Vaccination in the Punjab 1867-1880 - 1867-1880
Year: 1867
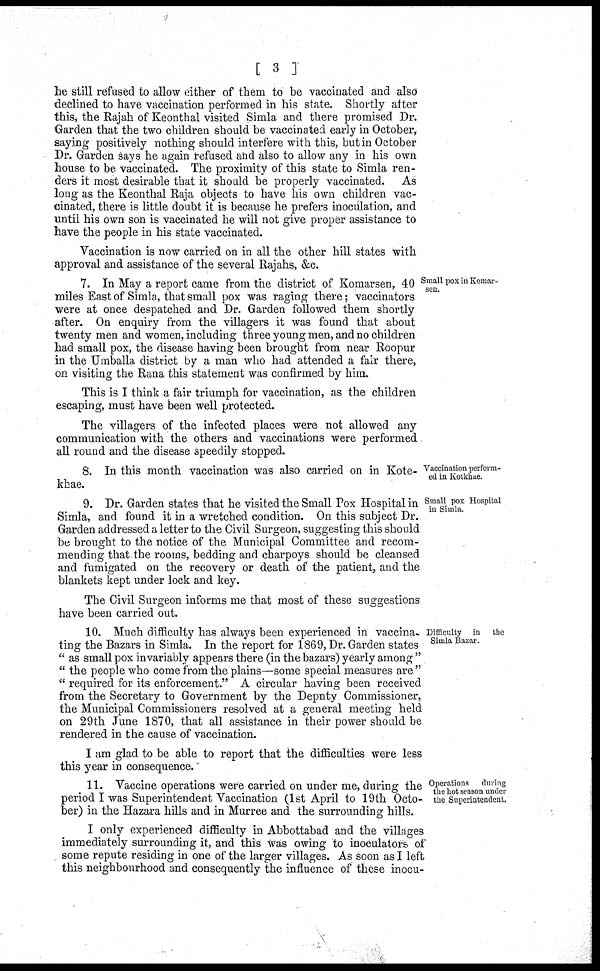
[ 3 ]
he still refused to allow either of them to be vaccinated and also
declined to have vaccination performed in his state. Shortly after
this, the Rajah of Keonthal visited Simla and there promised Dr.
Garden that the two children should be vaccinated early in October,
saying positively nothing should interfere with this, but in October
Dr. Garden says he again refused and also to allow any in his own
house to be vaccinated. The proximity of this state to Simla ren-
ders it most desirable that it should be properly vaccinated. As
long as the Keonthal Raja objects to have his own children vac-
cinated, there is little doubt it is because he prefers inoculation, and
until his own son is vaccinated he will not give proper assistance to
have the people in his state vaccinated.
Vaccination is now carried on in all the other hill states with
approval and assistance of the several Rajahs, &c.
Small pox in Komar-
sen.
7. In May a report came from the district of Komarsen, 40
miles East of Simla, that small pox was raging there; vaccinators
were at once despatched and Dr. Garden followed them shortly
after. On enquiry from the villagers it was found that about
twenty men and women, including three young men, and no children
had small pox, the disease having been brought from near Roopur
in the Umballa district by a man who had attended a fair there,
on visiting the Rana this statement was confirmed by him.
This is I think a fair triumph for vaccination, as the children
escaping, must have been well protected.
The villagers of the infected places were not allowed any
communication with the others and vaccinations were performed
all round and the disease speedily stopped.
Vaccination perform-
ed in Kotkhae.
8. In this month vaccination was also carried on in Kote¬
khae.
Small pox Hospital
in Simla.
9. Dr. Garden states that he visited the Small Pox Hospital in
Simla, and found it in a wretched condition. On this subject Dr.
Garden addressed a letter to the Civil Surgeon, suggesting this should
be brought to the notice of the Municipal Committee and recom-
mending that the rooms, bedding and charpoys should be cleansed
and fumigated on the recovery or death of the patient, and the
blankets kept under lock and key.
The Civil Surgeon informs me that most of these suggestions
have been carried out.
Difficulty in the
Simla Bazar.
Operations during
the hot season under
the Superintendent.
11. Vaccine operations were carried on under me, during the
period I was Superintendent Vaccination (1st April to 19th Octo-
ber) in the Hazara hills and in Murree and the surrounding hills.
I only experienced difficulty in Abbottabad and the villages
immediately surrounding it, and this was owing to inoculators of
some repute residing in one of the larger villages. As soon as I left
this neighbourhood and consequently the influence of these inocu-
10. Much difficulty has always been experienced in vaccina
ting the Bazars in Simla. In the report for 1869, Dr. Garden states
"as small pox invariably appears there (in the bazars) yearly among"
"the people who come from the plains—some special measures are"
"required for its enforcement." A circular having been received
from the Secretary to Government by the Depnty Commissioner,
the Municipal Commissioners resolved at a general meeting held
on 29th June 1S70, that all assistance in their power should be
rendered in the cause of vaccination.
I am glad to be able to report that the difficulties were less
this year in consequence.